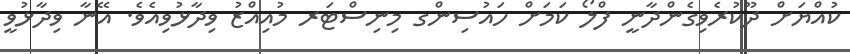
ކުއްޔަށް ދޫކުރެވިގެންދާނީ ފްލޯ ކަމަށް ހައުސިންގ މިނިސްޓަރ މުއިއްޒު ވިދާޅުވިއެވެ. އޭނާ ވިދާޅުވީ